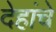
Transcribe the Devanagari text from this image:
देहांचे